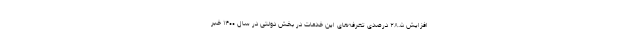
افزایش ۲۸.۵ درصدی تعرفه‌های این خدمات در بخش دولتی در سال ۱۴۰۰ خبر